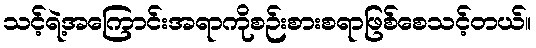
သင့်ရဲ့အကြောင်းအရာကိုစဉ်းစားစရာဖြစ်စေသင့်တယ်။